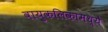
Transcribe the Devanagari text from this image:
वायुकलिकामध्ये